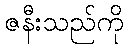
ဇနီးသည်ကို